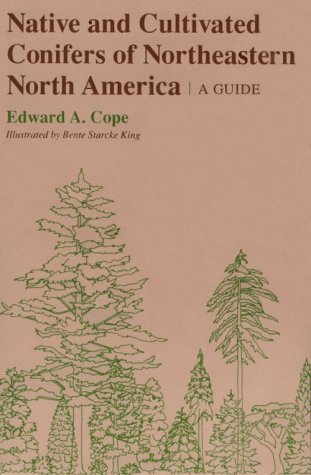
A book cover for Native and Cultivated Conifers of Northeastern North America: A Guide (Comstock Book); Edward A. Cope; Science & Math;